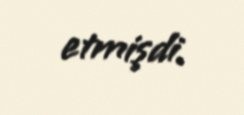
etmişdi.